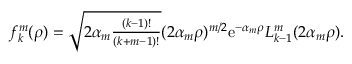
\begin{array} { r } { f _ { k } ^ { m } ( \rho ) = \sqrt { 2 \alpha _ { m } \frac { ( k - 1 ) ! } { ( k + m - 1 ) ! } } ( 2 \alpha _ { m } \rho ) ^ { m / 2 } \mathrm { e } ^ { - \alpha _ { m } \rho } L _ { k - 1 } ^ { m } ( 2 \alpha _ { m } \rho ) . } \end{array}